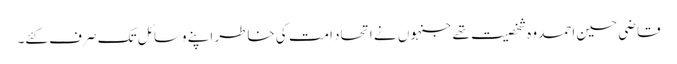
قاضی حسین احمد وہ شخصیت تھے جنہوں نے اتحاد امت کی خاطر اپنے وسائل تک صرف کئے۔